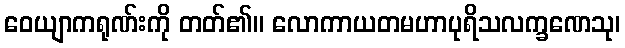
ဝေယျာကရုဏ်းကို တတ်၏။ လောကာယတမဟာပုရိသလက္ခဏေသု၊